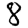
Digit: 8